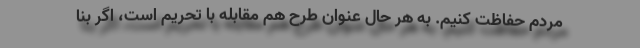
مردم حفاظت کنیم. به هر حال عنوان طرح هم مقابله با تحریم است، اگر بنا